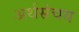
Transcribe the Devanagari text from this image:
अर्थसंचय